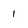
Character: 1